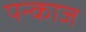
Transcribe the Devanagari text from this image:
पन्काज